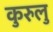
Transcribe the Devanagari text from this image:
कुरुलु